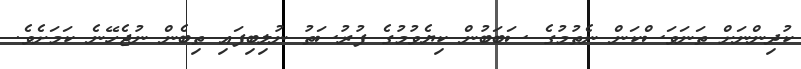
ކުދިންނަށް ތަނަވަސްކަން ނެތުމުގެ ސަބަބުން ކިޔެވުމުގެ ފުރުސަތު ނުލިބިފައި ތިބެން ނުޖެހޭނެ ކަމަށެވެ.